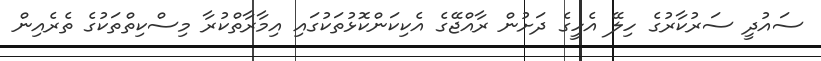
ސައުދީ ސަރުކާރުގެ ހިލޭ އެހީގެ ދަށުން ރާއްޖޭގެ އެކިކަންކޮޅުތަކުގައި އިމާރާތްކުރާ މިސްކިތްތަކުގެ ތެރެއިން